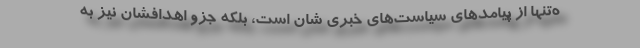
ه‌تنها از پیامدهای سیاست‌های خبری شان است، بلکه جزو اهدافشان نیز به